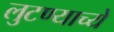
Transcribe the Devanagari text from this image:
लुटण्याच्ये